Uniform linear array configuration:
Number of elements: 32
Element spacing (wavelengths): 0.25
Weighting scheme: kaiser
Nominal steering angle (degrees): -45
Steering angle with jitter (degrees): -44.463
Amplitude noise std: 0.05
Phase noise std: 0.05

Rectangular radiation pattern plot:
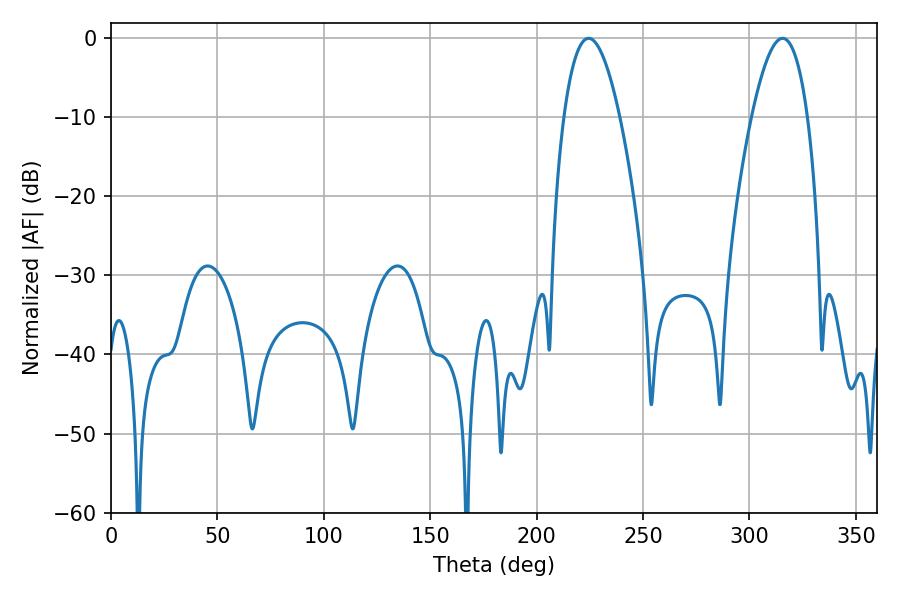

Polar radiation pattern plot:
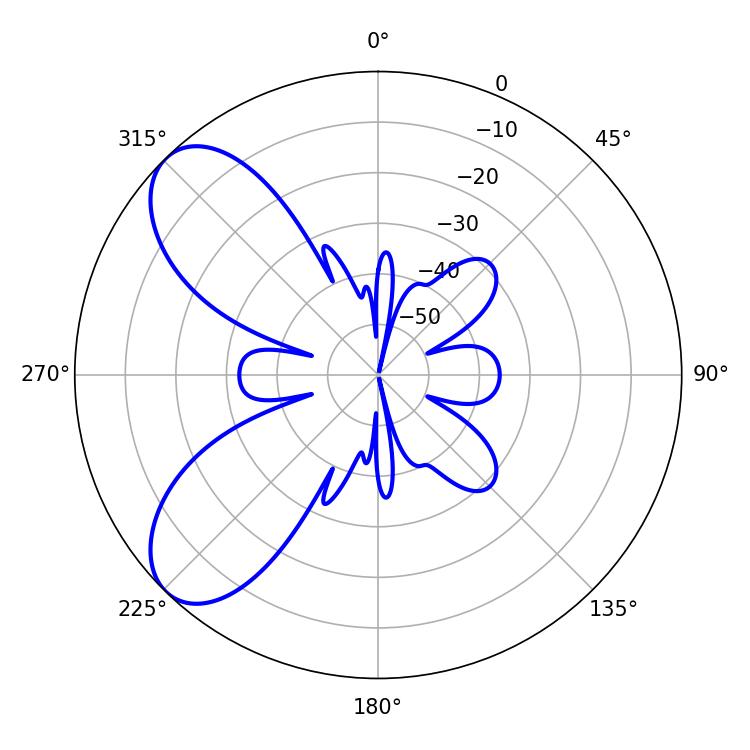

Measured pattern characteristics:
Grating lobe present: FALSE
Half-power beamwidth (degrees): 14.4
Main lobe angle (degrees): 224.46